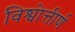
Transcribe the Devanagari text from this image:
विश्वोत्तीर्ण